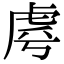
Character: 𮓣